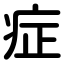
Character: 症